Newspaper: Thomas County cat. [volume]
Place of publication: Colby, Kan.
Publisher: Dunn & Worcester
Date: 1890-07-31 00:00:00
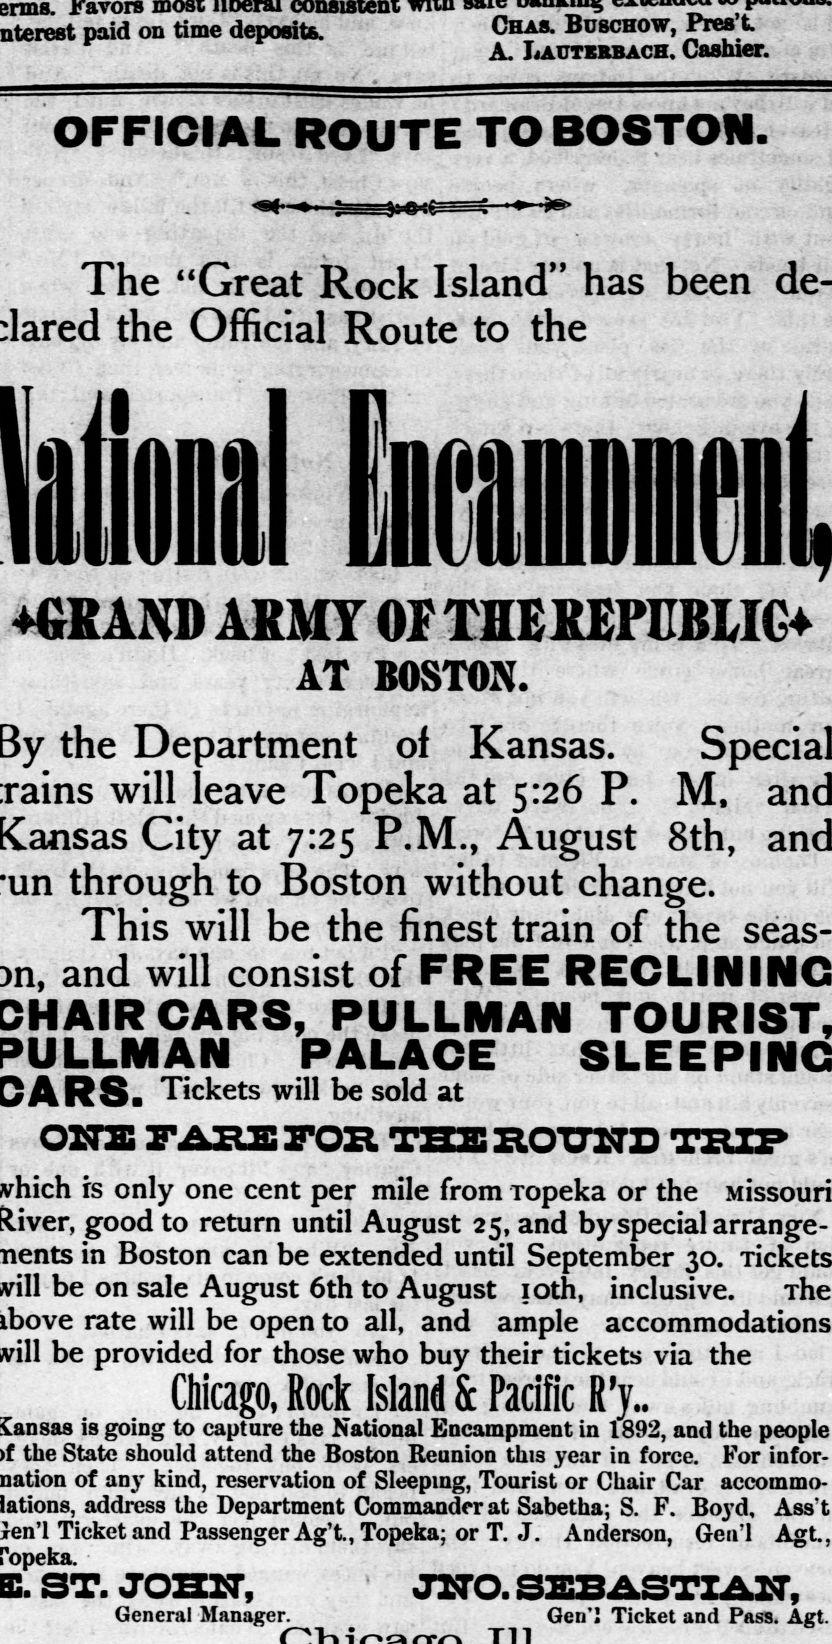
Advertisement text (OCR):
paid on time deposits. Chas. Bdschow, Pk' A. Lauterbach. Cashier. OFFICIAL ROUTE TO BOSTON. The "Great Rock Island" has been de the Official Route to the GRAND ARMY OrTHEREPCBMG AT BOSTON. the Department of Kansas. will leave Topeka at c;:26 P. M, City at 7:25 P.M., August 8th, through to Boston without change. This will be the finest train of the seas and will consist of FREE RECLINING CARS, PULLMAN PALACE Tickets will be sold at OXTE FARE FOR THE ROUND TRIP" rs only one cent per mile from Topeka or the Missouri good to return until August 25, and by special arrange in Boston can be extended until September 30. Tickets be on sale August 6th to August 10th, inclusive. The rate will be open to all, and ample accommodations be provided for those who buy their tickets via the Chicago, Rock Island & Pacific R'y.. is going to capture the National Encampment in 1892, and the people the State should attend the Boston Reunion this year in force. For infor of any kind, reservation of Sleeping, Tourist or Chair Car accommo address the Department Commander at Sabetha; S. F. Boyd, Ass't Ticket and Passenger Ag't., Topeka; or T. J. Anderson, Gen'l Agt., ST. JOSXT, ' JXTO. SEB ASTIAIT, General Manager. Qen'J Ticket and Pass Agt. miikil
Label: text-only